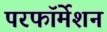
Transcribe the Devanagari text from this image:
परफॉर्मेशन